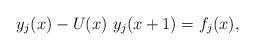
LaTeX: \begin{align*}y_j(x)-U(x)~y_j(x+1)=f_j(x),\end{align*}